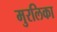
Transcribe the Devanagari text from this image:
मुरलिका